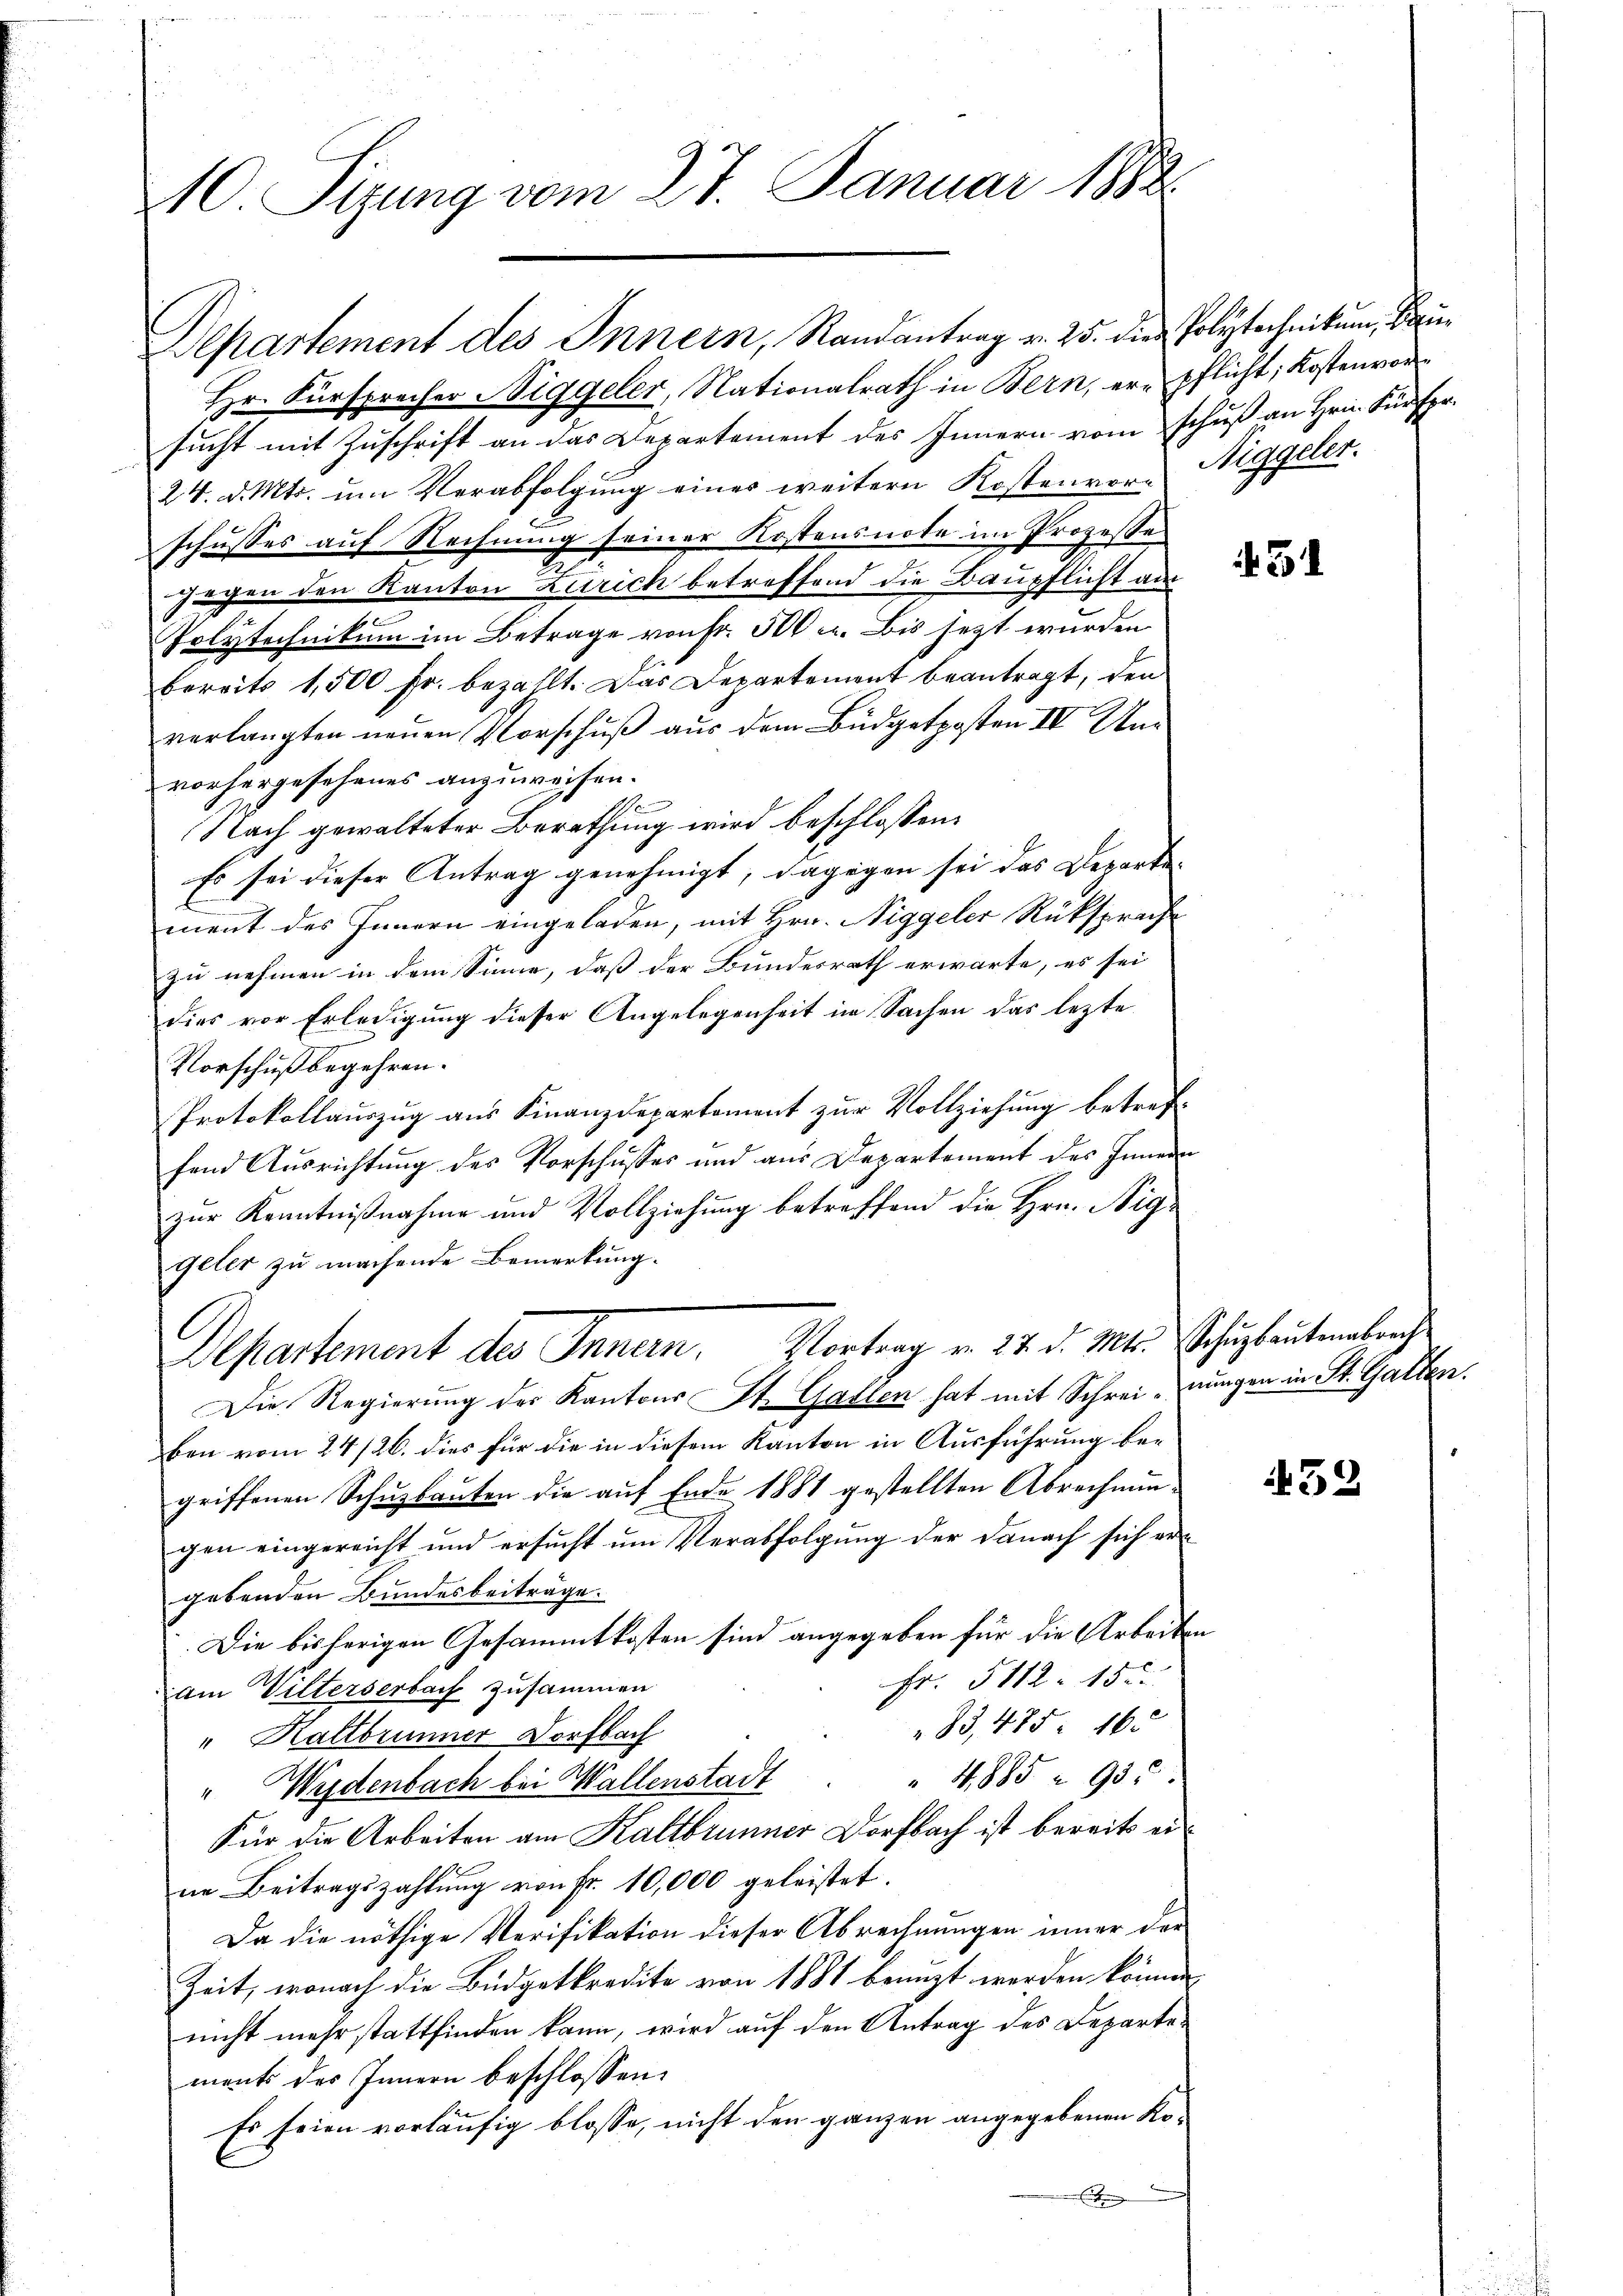
10. Sizung vom 27. Januar 1882.

Departement des Innern, Randantrag v. 25. die Polytechnikum,
Hr. Fürsprecher Niggeler, Nationalrath in Bern, er pflicht, Kostenvorsucht mit Zuschrift an das Departement des Innern vom schuß an Hrn. Fürspr
24. d. Mts. um Verabfolgung eines weitern Kostenvor- Niggeler.
schusses auf Rechnung seiner Kostensnote im Prozesse
jagen den Kanton Zürich betreffend die Baupflicht aus
Polytechnikum im Betrage von Fr. 500 u. Bis sezt wurden
bereits 1,500 Fr. bezahlt. Das Departement beantragt, den
verlangten neuen Vorschuß aus dem Büdgetposten IV Unvorhergesehenes anzuweisen.
Nach gewalteter Berathung wird beschlossen:
Es sei dieser Antrag genehmigt, dagegen sei das Departe-
ment des Innern eingeladen, mit Hrn. Niggeler Rüksprache
zu nehmen in dem Sinne, dass der Bundesrath erwarte, es sei
dies vor Erledigung dieser Angelegenheit in Sachen das lezte
Vorschuß begehren.
Protokollauszug aus Finanzdepartement zur Vollziehung betreffend Ausrichtung des Vorschusses und aus Departement des Innern
zur Kenntnißnahme und Vollziehung betreffend die Hrn. Niggeter zu machende Bemerkung.
Departement des Innern. Vortrag v. 27. d. Mts. Schulautenabrech
Die Regierung des Kantons St. Gallen hat mit Schreinungen in St. Gallen.
ben vom 24/26. dies für die in diesem Kanton in Ausführung begriffenen Schuzbauten die auf Ende 1881 gestellten Abrechnun-
gen eingereicht und ersucht um Verabfolgung der Danach sich ergebenden Bundesbeiträge.
Die bisherigen Gesammtkosten sind angegeben für die Arbeiten
Fr. 5112. 155.
am Wilterserbach zusammen
83,475. 16
" Kaltbrunner Dorfbach
" 4. 885 n 95
" Weidenbach bei Wallenstadt
Für die Arbeiten am Kaltbrunner Dorfbach ist bereits eine Beitragszahlŭng von Fr. 10,000 geleistet.
Da die nöthige Verifikation dieser Abrechnungen inner der
Zeit, wonach die Büdgetkredite von 1881 benuzt werden können,
nicht mehr stattfinden kann, wird auf den Antrag des Departements des Innern beschlossen:
Es seien vorläufig blosse, nicht den ganzen angegebenen Ko¬
 Eige

21

32